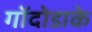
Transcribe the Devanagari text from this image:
गोंदोडाके